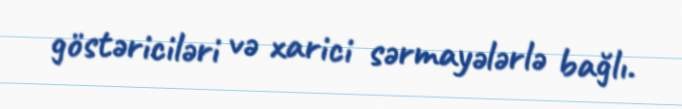
göstəriciləri və xarici sərmayələrlə bağlı.